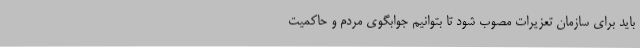
باید برای سازمان تعزیرات مصوب شود تا بتوانیم جوابگوی مردم و حاکمیت